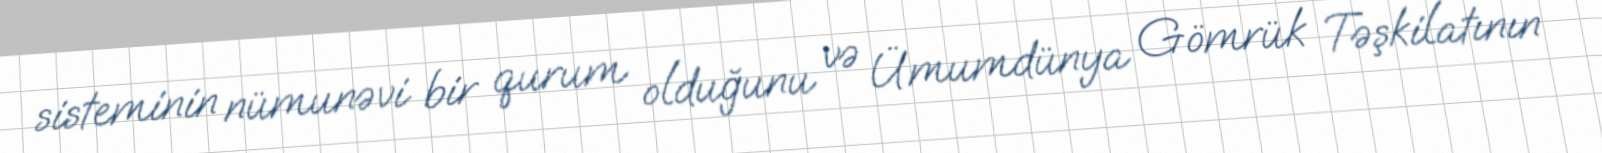
sisteminin nümunəvi bir qurum olduğunu və Ümumdünya Gömrük Təşkilatının